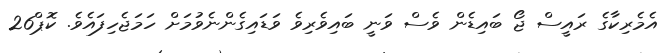
އެމެރިކާގެ ރައީސް ޖޯ ބައިޑެން ވެސް ވަނީ ބައިވެރިވެ ވަޑައިގެންނެވުމަށް ހަމަޖެހިފައެވެ. ކޮޕް26